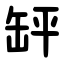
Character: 䍈